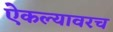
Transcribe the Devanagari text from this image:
ऐकल्यावरच